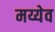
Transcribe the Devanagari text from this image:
मय्येव